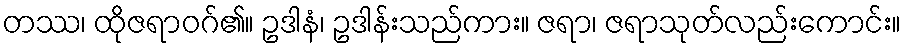
တဿ၊ ထိုဇရာဝဂ်၏။ ဥဒါနံ၊ ဥဒါန်းသည်ကား။ ဇရာ၊ ဇရာသုတ်လည်းကောင်း။